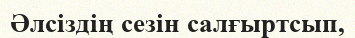
Әлсіздің сезін салғыртсып,